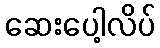
ဆေးပေါ့လိပ်